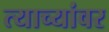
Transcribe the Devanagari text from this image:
त्याच्यांवर